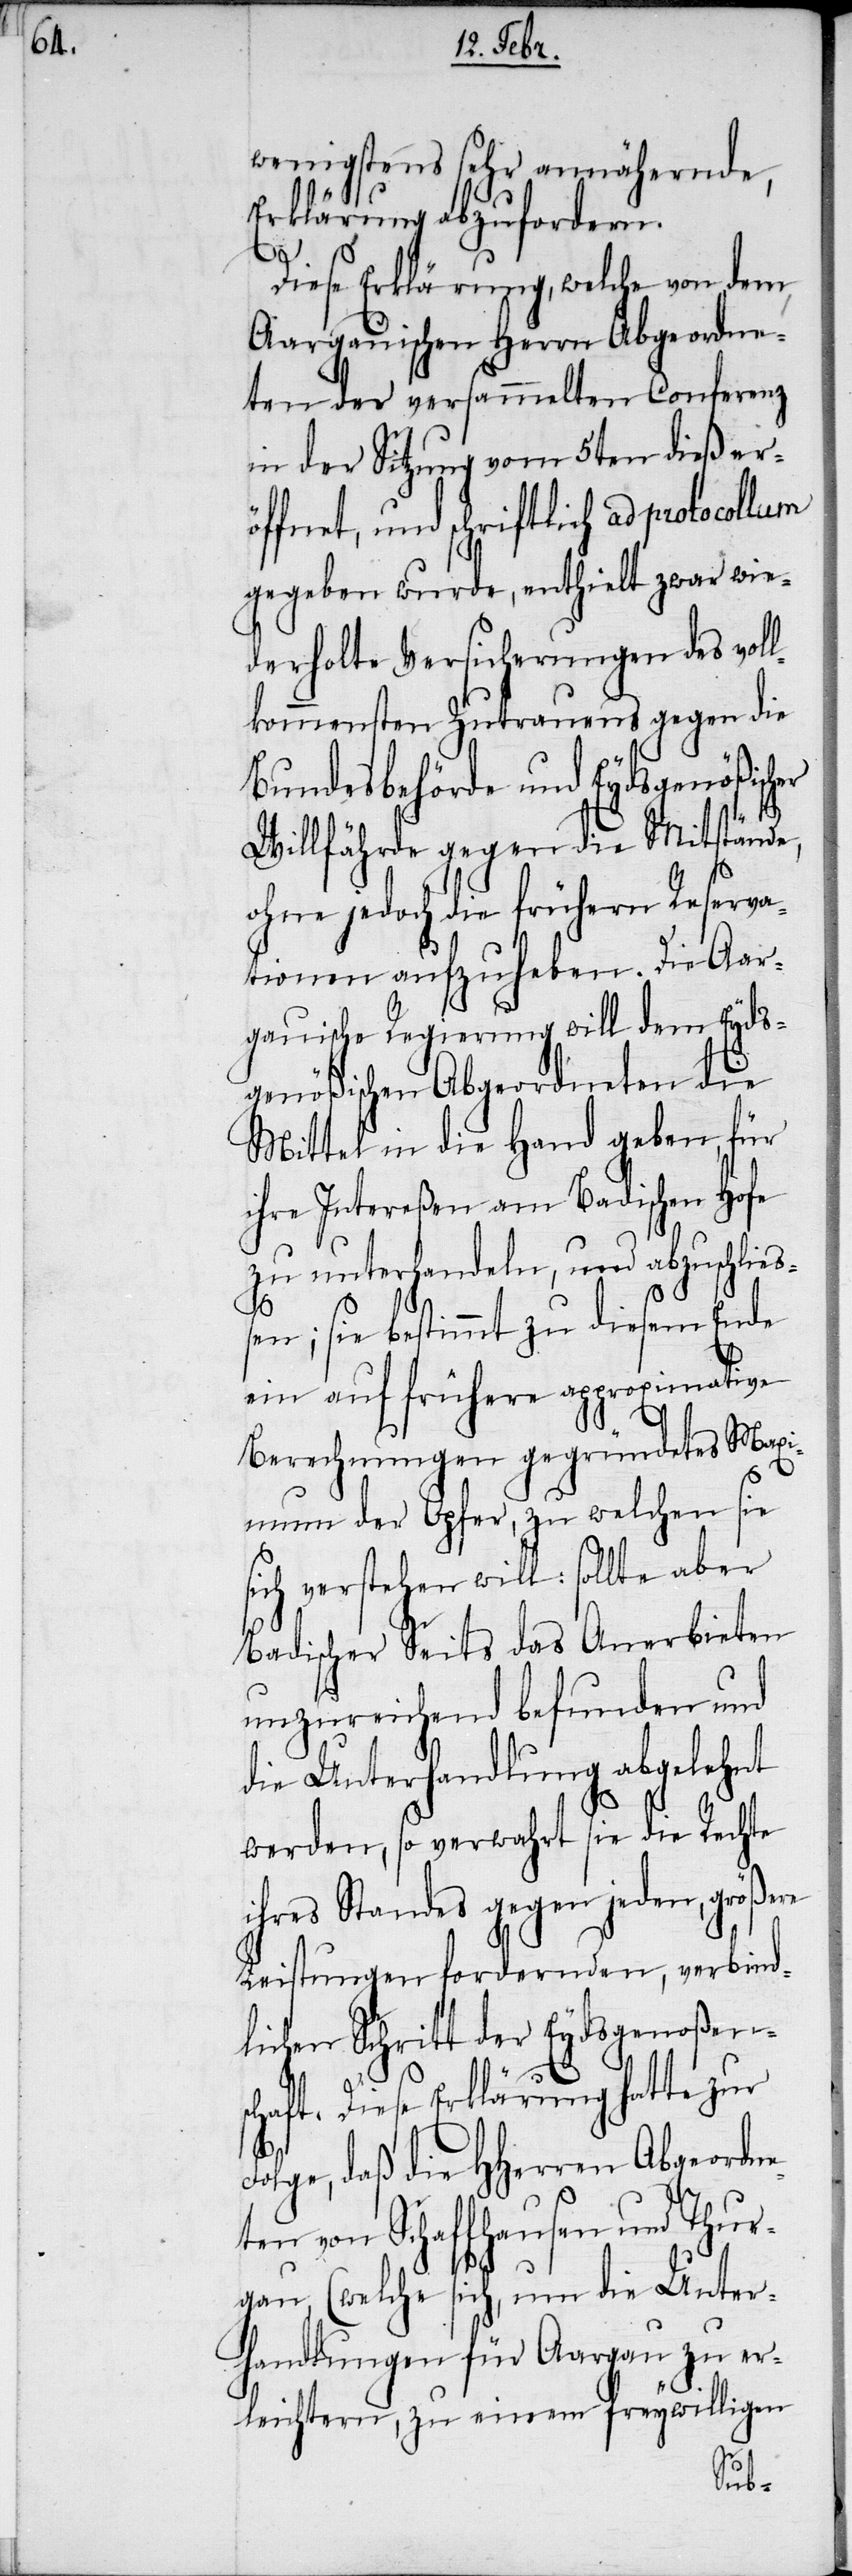
wenigstens sehr annähernde,
Erklärung abzufordern.
F¬
Diese Erklärung, welche von dem,
Aargauischen Herrn Abgeordne¬
ten der versammelten Conferenz
in der Sitzung vom 5ten dieß er¬
öffnet, und schriftlich ad protocol¬
gegeben wurde, enthielt zwar wie¬
derholte Versicherungen des vol¬
lkommensten Zutrauens gegen die
Bundesbehörde und Eydsgenößischer
Willfährde gegen die Mitstände,
ohne jedoch die frühern Reserva¬
tionen aufzuheben. Die Aar¬
gauische Regierung will dem Eyds¬
genößischen Abgeordneten die
Mittel in die Hand geben, für
ihre Intereßen am Badischen Hofe
zu unterhandeln, und abzuschließ¬
en; sie bestimmt zu diesem Ende
ein auf frühere approximative
Berechnungen gegründetes Maxi¬
mum der Opfer, zu welchen sie
sich verstehen will: sollte aber
Badischer Seits das Anerbieten
unzureichend befunden und
die Unterhandlung abgelehnt
werden, so verwahrt sie die Rechte
ihres Standes gegen jeden, größere
Leistungen fordernden, verbind¬
lichen Schritt der Eydsgenoßen¬
lum
schaft. Diese Erklärung hatte zur
olge, daß die HHerren Abgeordne¬
ten von Schaffhausen und Thur¬
gau, (welche sich, um die Unter¬
handlungen für Aargau zu er¬
leichtern, zu einem freywilligen